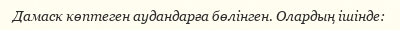
Дамаск көптеген аудандарға бөлінген. Олардың ішінде: